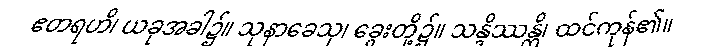
ဧတရဟိ၊ ယခုအခါ၌။ သုနာခေသု၊ ခွေးတို့၌။ သန္ဒိဿန္တိ၊ ထင်ကုန်၏။